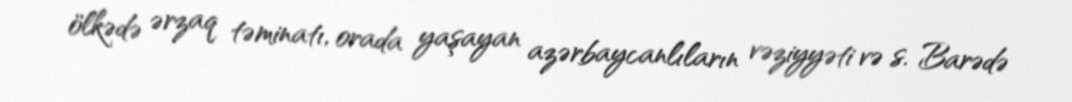
ölkədə ərzaq təminatı, orada yaşayan azərbaycanlıların vəziyyəti və s. Barədə